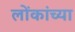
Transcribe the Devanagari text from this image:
लोंकांच्या